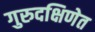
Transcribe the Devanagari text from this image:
गुरुदक्षिणेत